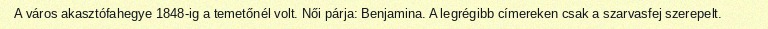
A város akasztófahegye 1848-ig a temetőnél volt. Női párja: Benjamina. A legrégibb címereken csak a szarvasfej szerepelt.